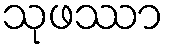
သုဖဿာ